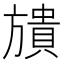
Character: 𣄜